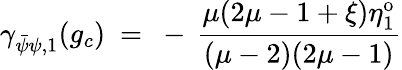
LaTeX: \gamma_{\bar{\psi}\psi,1}(g_{c})~=~-\, \frac{\mu(2\mu-1+\xi)\eta_{1}^{\mathrm{o}}}{(\mu-2)(2\mu-1)}